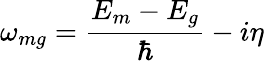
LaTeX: \omega_{mg}=\frac{E_{m}-E_{g}}{\hbar}-i\eta